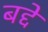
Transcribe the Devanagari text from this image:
बद्दे